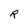
Character: R